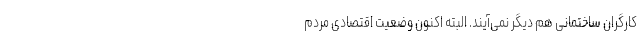
کارگران ساختمانی هم دیگر نمی‌آیند. البته اکنون وضعیت اقتصادی مردم